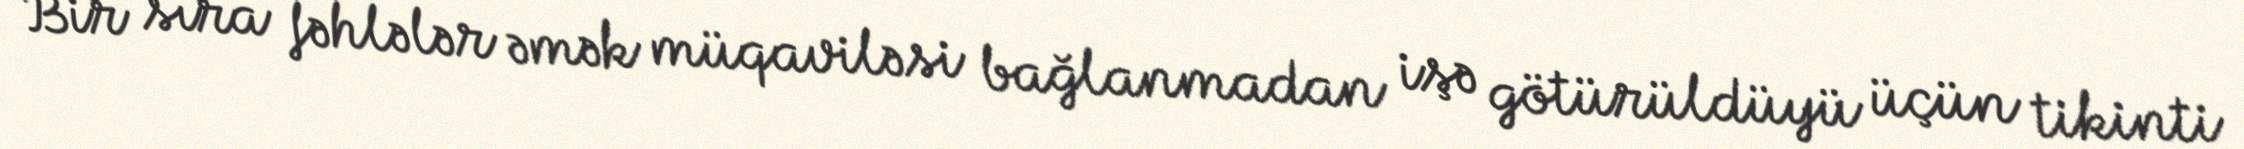
Bir sıra fəhlələr əmək müqaviləsi bağlanmadan işə götürüldüyü üçün tikinti